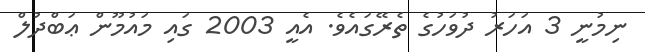
ނިމުނީ 3 އަހަރު ދުވަހުގެ ތެރޭގައެވެ. އެއީ 2003 ގައި މައުމޫން ޢަބްދުލް